Indian journal of veterinary science and animal husbandry - Volumes 15-17, 1948-1951
Year: 1948
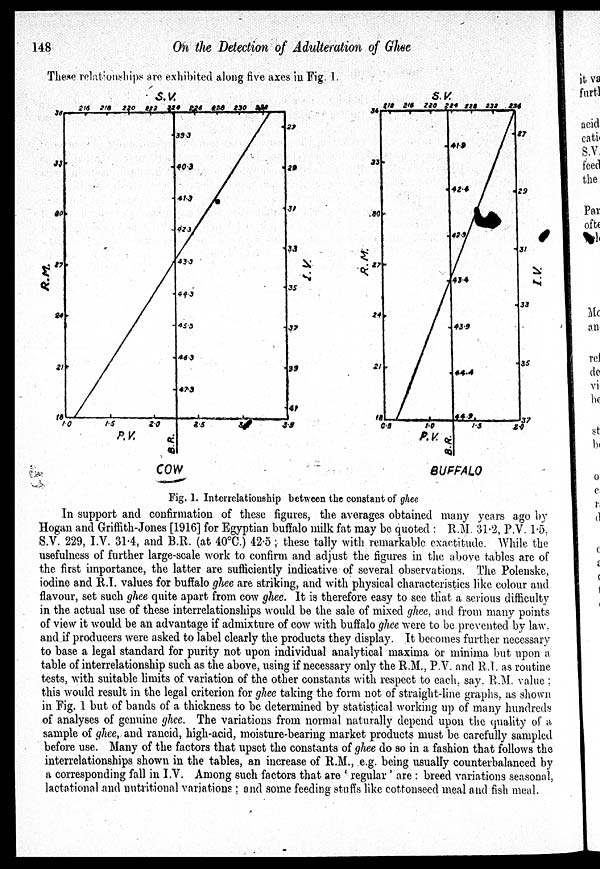
148
On the Detection of Adulteration of Ghee
These relationships are exhibited along five axes in Fig. 1.
Fig. 1. Interrelationship between the constant of ghee
In support and confirmation of these figures, the averages obtained many years ago by
Hogan and Griffith-Jones [1916] for Egyptian buffalo milk fat may be quoted : R.M. 31.2, P.V. 1.5.
S.V. 229, I.V. 31.4, and B.R. (at 40°C.) 42.5 ; these tally with remarkable exactitude. While the
usefulness of further large-scale work to confirm and adjust the figures in the above tables are of
the first importance, the latter are sufficiently indicative of several observations. The Polenske,
iodine and R.I. values for buffalo ghee are striking, and with physical characteristics like colour and
flavour, set such ghee quite apart from cow ghee. It is therefore easy to see that a serious difficulty
in the actual use of these interrelationships would be the sale of mixed ghee, and from many points
of view it would be an advantage if admixture of cow with buffalo ghee were to be prevented by law.
and if producers were asked to label clearly the products they display. It becomes further necessary
to base a legal standard for purity not upon individual analytical maxima or minima but upon a
table of interrelationship such as the above, using if necessary only the R.M., P.V. and R.I. as routine
tests, with suitable limits of variation of the other constants with respect to each. say. R.M. value ;
this would result in the legal criterion for ghee taking the form not of straight-line graphs, as shown
in Fig. 1 but of bands of a thickness to be determined by statistical working up of many hundreds
of analyses of genuine ghee. The variations from normal naturally depend upon the quality of a
sample of ghee, and rancid, high-acid, moisture-bearing market products must be carefully sampled
before use. Many of the factors that upset the constants of ghee do so in a fashion that follows the
interrelationships shown in the tables, an increase of R.M., e.g. being usually counterbalanced by
a corresponding fall in I.V. Among such factors that are ' regular ' are : breed variations seasonal,
lactational and untritional variations; and some feeding stuffs like cottonseed meal and fish meal.